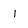
Character: 1